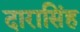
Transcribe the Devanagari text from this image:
दारासिंह